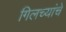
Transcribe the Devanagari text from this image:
गिलच्यांचे